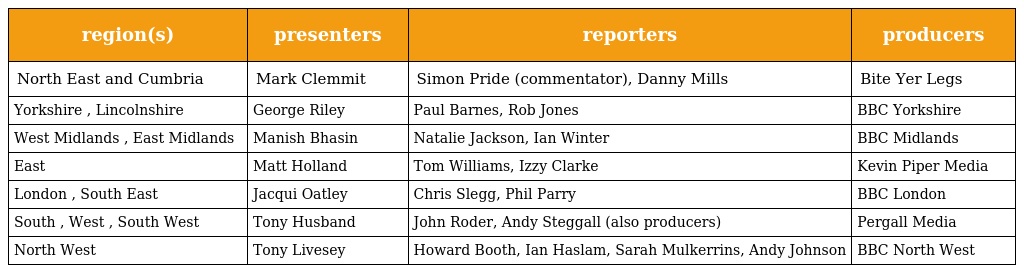
| region(s) | presenters | reporters | producers |
 | --- | --- | --- | --- |
 | North East and Cumbria | Mark Clemmit | Simon Pride (commentator), Danny Mills | Bite Yer Legs |
 | Yorkshire , Lincolnshire | George Riley | Paul Barnes, Rob Jones | BBC Yorkshire |
 | West Midlands , East Midlands | Manish Bhasin | Natalie Jackson, Ian Winter | BBC Midlands |
 | East | Matt Holland | Tom Williams, Izzy Clarke | Kevin Piper Media |
 | London , South East | Jacqui Oatley | Chris Slegg, Phil Parry | BBC London |
 | South , West , South West | Tony Husband | John Roder, Andy Steggall (also producers) | Pergall Media |
 | North West | Tony Livesey | Howard Booth, Ian Haslam, Sarah Mulkerrins, Andy Johnson | BBC North West |